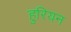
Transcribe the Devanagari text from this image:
हुरियन